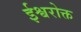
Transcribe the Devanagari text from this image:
ईश्वरोक्त